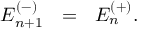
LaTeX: E _ { n + 1 } ^ { ( - ) } ~ ~ = ~ ~ E _ { n } ^ { ( + ) } .